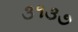
૩૧૩૭